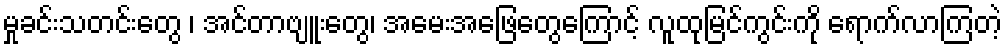
မှုခင်းသတင်းတွေ ၊ အင်တာဗျူးတွေ၊ အမေးအဖြေတွေကြောင့် လူထုမြင်ကွင်းကို ရောက်လာကြတဲ့